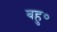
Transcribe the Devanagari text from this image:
बहु०